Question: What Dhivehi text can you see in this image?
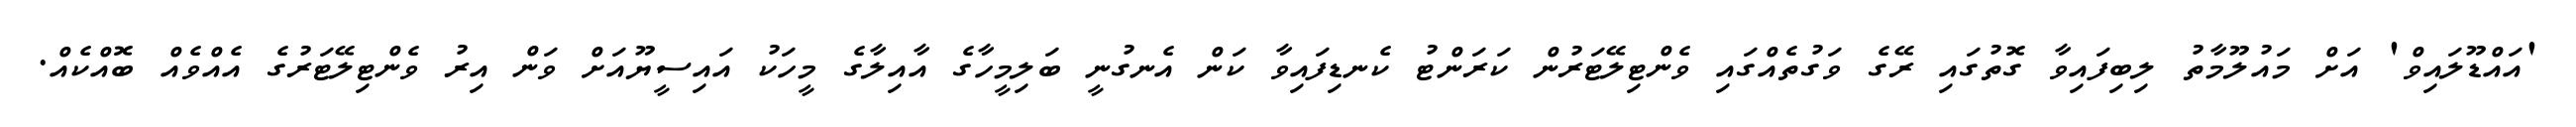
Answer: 'އައްޑޫލައިވް' އަށް މައުލޫމާތު ލިބިފައިވާ ގޮތުގައި ރޭގެ ވަގުތެއްގައި ވެންޓިލޭޓަރުން ކަރަންޓު ކެނޑިފައިވާ ކަން އެނގުނީ ބަލިމީހާގެ އާއިލާގެ މީހަކު އައިސީޔޫއަށް ވަން އިރު ވެންޓިލޭޓަރުގެ އެއްވެއް ބޮއްކެއް.